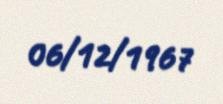
06/12/1967